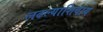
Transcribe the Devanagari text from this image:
लढल्याशिवाय